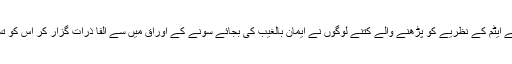
ردرفورڈ کے ایٹم کے نظریے کو پڑھنے والے کتنے لوگوں نے ایمان بالغیب کی بجائے سونے کے اوراق میں سے الفا ذرات گزار کر اس کو تسلیم کیا ہے۔